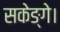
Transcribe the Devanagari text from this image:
सकेङ्गे।